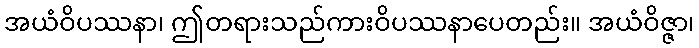
အယံဝိပဿနာ၊ ဤတရားသည်ကားဝိပဿနာပေတည်း။ အယံဝိဇ္ဇာ၊